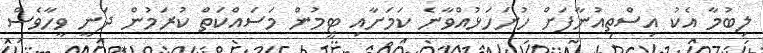
ލިބުމާ އެކު އިސްތިއުނާފަށް ހުށަހަޅުއްވާނެ ކަމަށާއި ޓީމުން މަސައްކަތް ކުރަމުން ދަނީ ވީހާވެސް